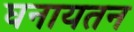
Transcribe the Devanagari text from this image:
घनायतन